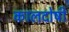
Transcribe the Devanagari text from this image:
कालदोषी